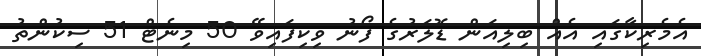
އެމެރިކާގައި އެއް ބިލިއަން ޑޮލަރުގެ ފޯނު ވިކިފައިވޭ 50 މިނެޓް 51 ސިކުންތު